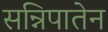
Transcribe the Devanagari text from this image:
सन्निपातेन